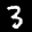
Label: 3